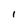
Character: I